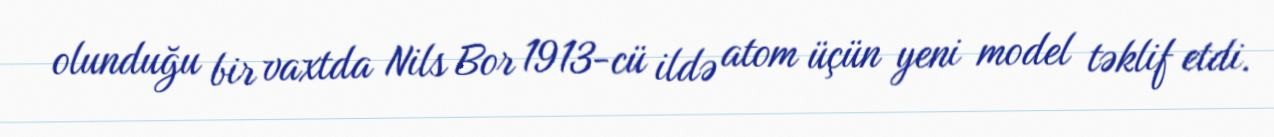
olunduğu bir vaxtda Nils Bor 1913-cü ildə atom üçün yeni model təklif etdi.